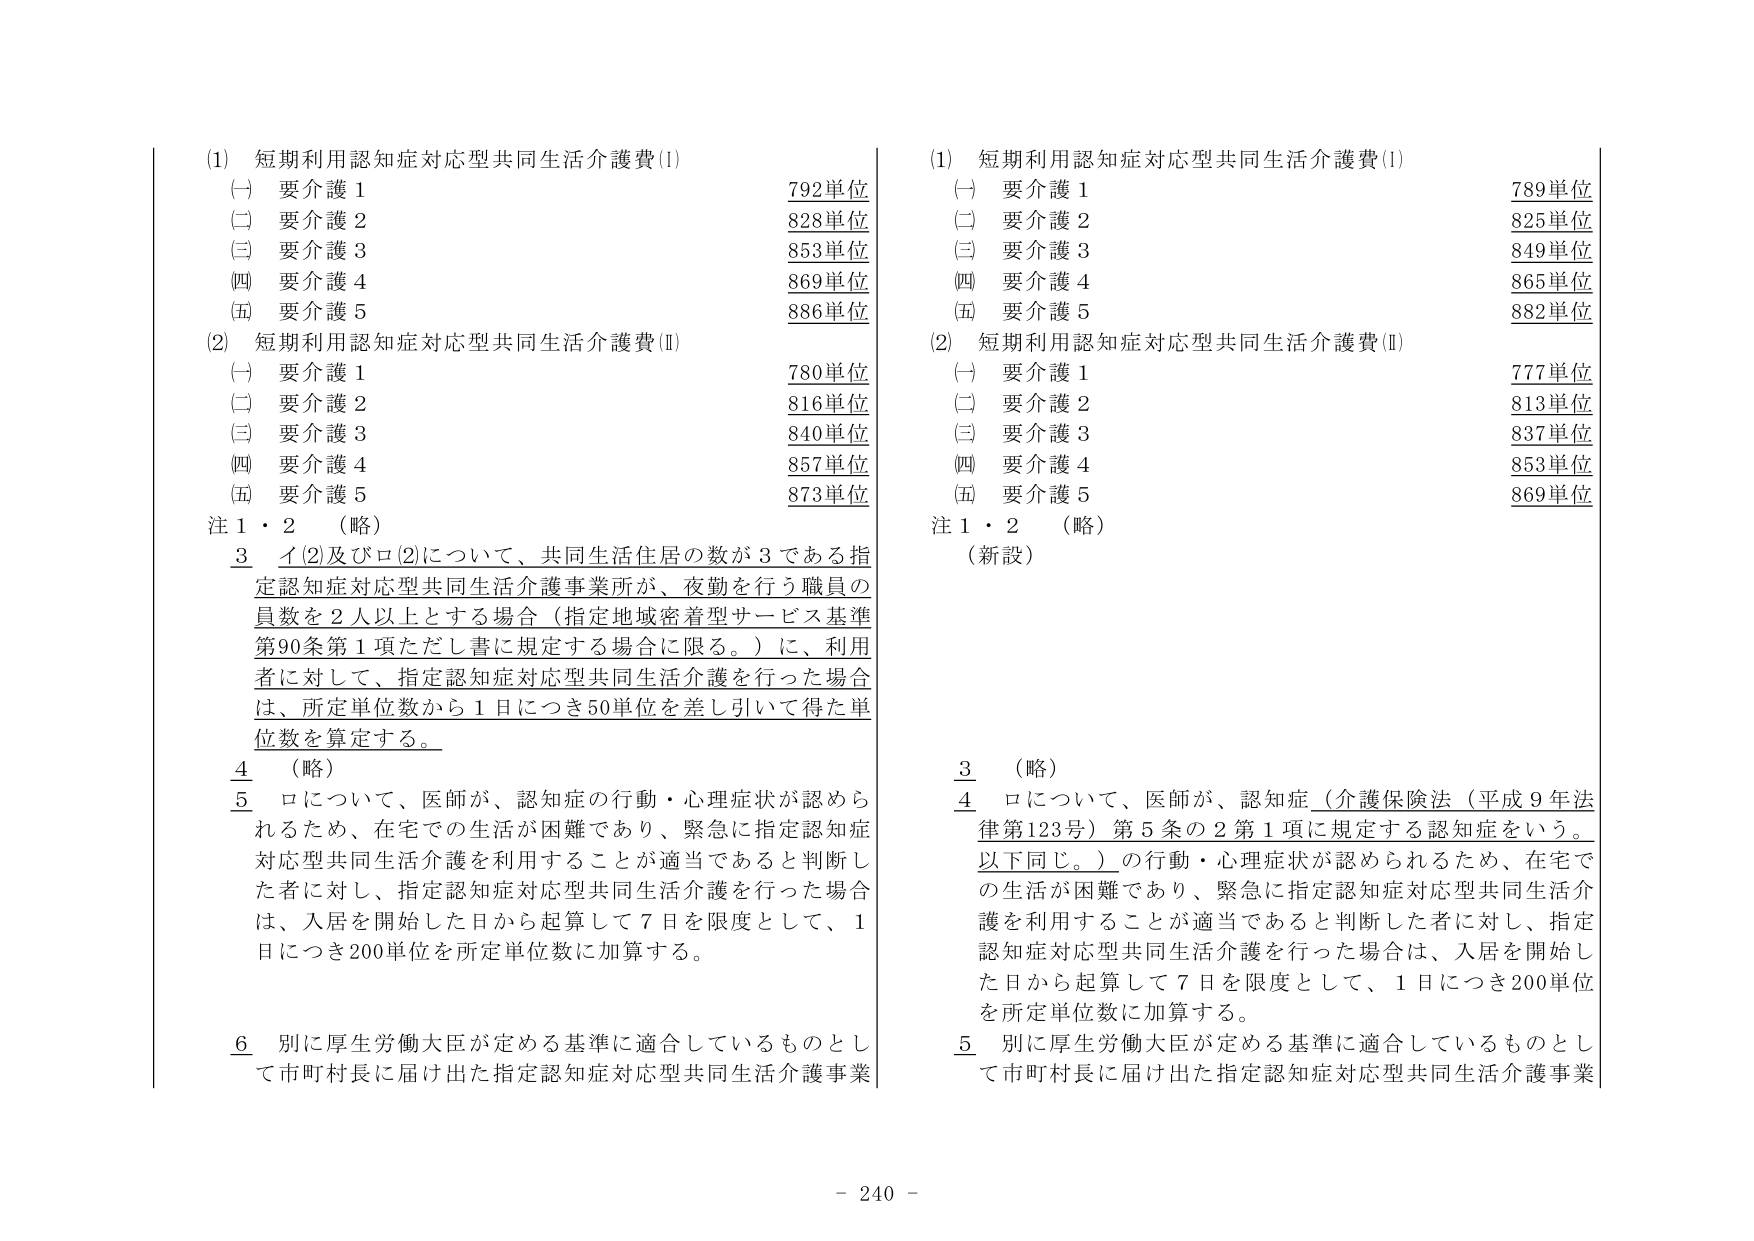
(1) 短期利用認知症対応型共同生活介護費(I)
(一) 要介護1 792単位
(二) 要介護2 828単位
(三) 要介護3 853単位
(四) 要介護4 869単位
(五) 要介護5 886単位

(2) 短期利用認知症対応型共同生活介護費(II)
(一) 要介護1 780単位
(二) 要介護2 816単位
(三) 要介護3 840単位
(四) 要介護4 857単位
(五) 要介護5 873単位

注1・2 （略）
3 イ(2)及びロ(2)について、共同生活住居の数が3である指定認知症対応型共同生活介護事業所が、夜勤を行う職員の員数を2人以上とする場合（指定地域密着型サービス基準第90条第1項ただし書に規定する場合に限る。）に、利用者に対して、指定認知症対応型共同生活介護を行った場合は、所定単位数から1日につき50単位を差し引いて得た単位数を算定する。

4 （略）
5 ロについて、医師が、認知症の行動・心理症状が認められるため、在宅での生活が困難であり、緊急に指定認知症対応型共同生活介護を利用することが適当であると判断した者に対し、指定認知症対応型共同生活介護を行った場合は、入居を開始した日から起算して7日を限度として、1日につき200単位を所定単位数に加算する。

6 別に厚生労働大臣が定める基準に適合しているものとして市町村長に届け出た指定認知症対応型共同生活介護事業

(1) 短期利用認知症対応型共同生活介護費(I)
(一) 要介護1 789単位
(二) 要介護2 825単位
(三) 要介護3 849単位
(四) 要介護4 865単位
(五) 要介護5 882単位

(2) 短期利用認知症対応型共同生活介護費(II)
(一) 要介護1 777単位
(二) 要介護2 813単位
(三) 要介護3 837単位
(四) 要介護4 853単位
(五) 要介護5 869単位

注1・2 （略）
（新設）

3 （略）
4 ロについて、医師が、認知症（介護保険法（平成9年法律第123号）第5条の2第1項に規定する認知症をいう。以下同じ。）の行動・心理症状が認められるため、在宅での生活が困難であり、緊急に指定認知症対応型共同生活介護を利用することが適当であると判断した者に対し、指定認知症対応型共同生活介護を行った場合は、入居を開始した日から起算して7日を限度として、1日につき200単位を所定単位数に加算する。

5 別に厚生労働大臣が定める基準に適合しているものとして市町村長に届け出た指定認知症対応型共同生活介護事業

- 240 -